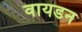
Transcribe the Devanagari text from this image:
वायडन